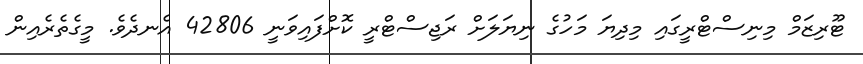
ޓޫރިޒަމް މިނިސްޓްރީގައި މިދިޔަ މަހުގެ ނިޔަލަށް ރަޖިސްޓްރީ ކޮށްފައިވަނީ 42806 އެނދެވެ. މީގެތެރެއިން